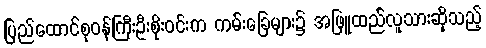
ပြည်ထောင်စုဝန်ကြီးဦးစိုးဝင်းက ကမ်းခြေများ၌ အဖြူထည်လူသားဆိုသည့်